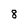
Character: 8